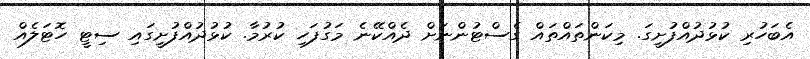
އެބަހުރި ކުޅުދުއްފުށީގަ. މިކަންތައްތައް ގެސްޓުންނަށް ދެއްކޭނެ މަގުފަހި ކުރުމާ. ކުޅުދުއްފުށީގައި ސިޓީ ހޮޓަލެއް